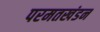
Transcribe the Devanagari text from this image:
परमतखंडन